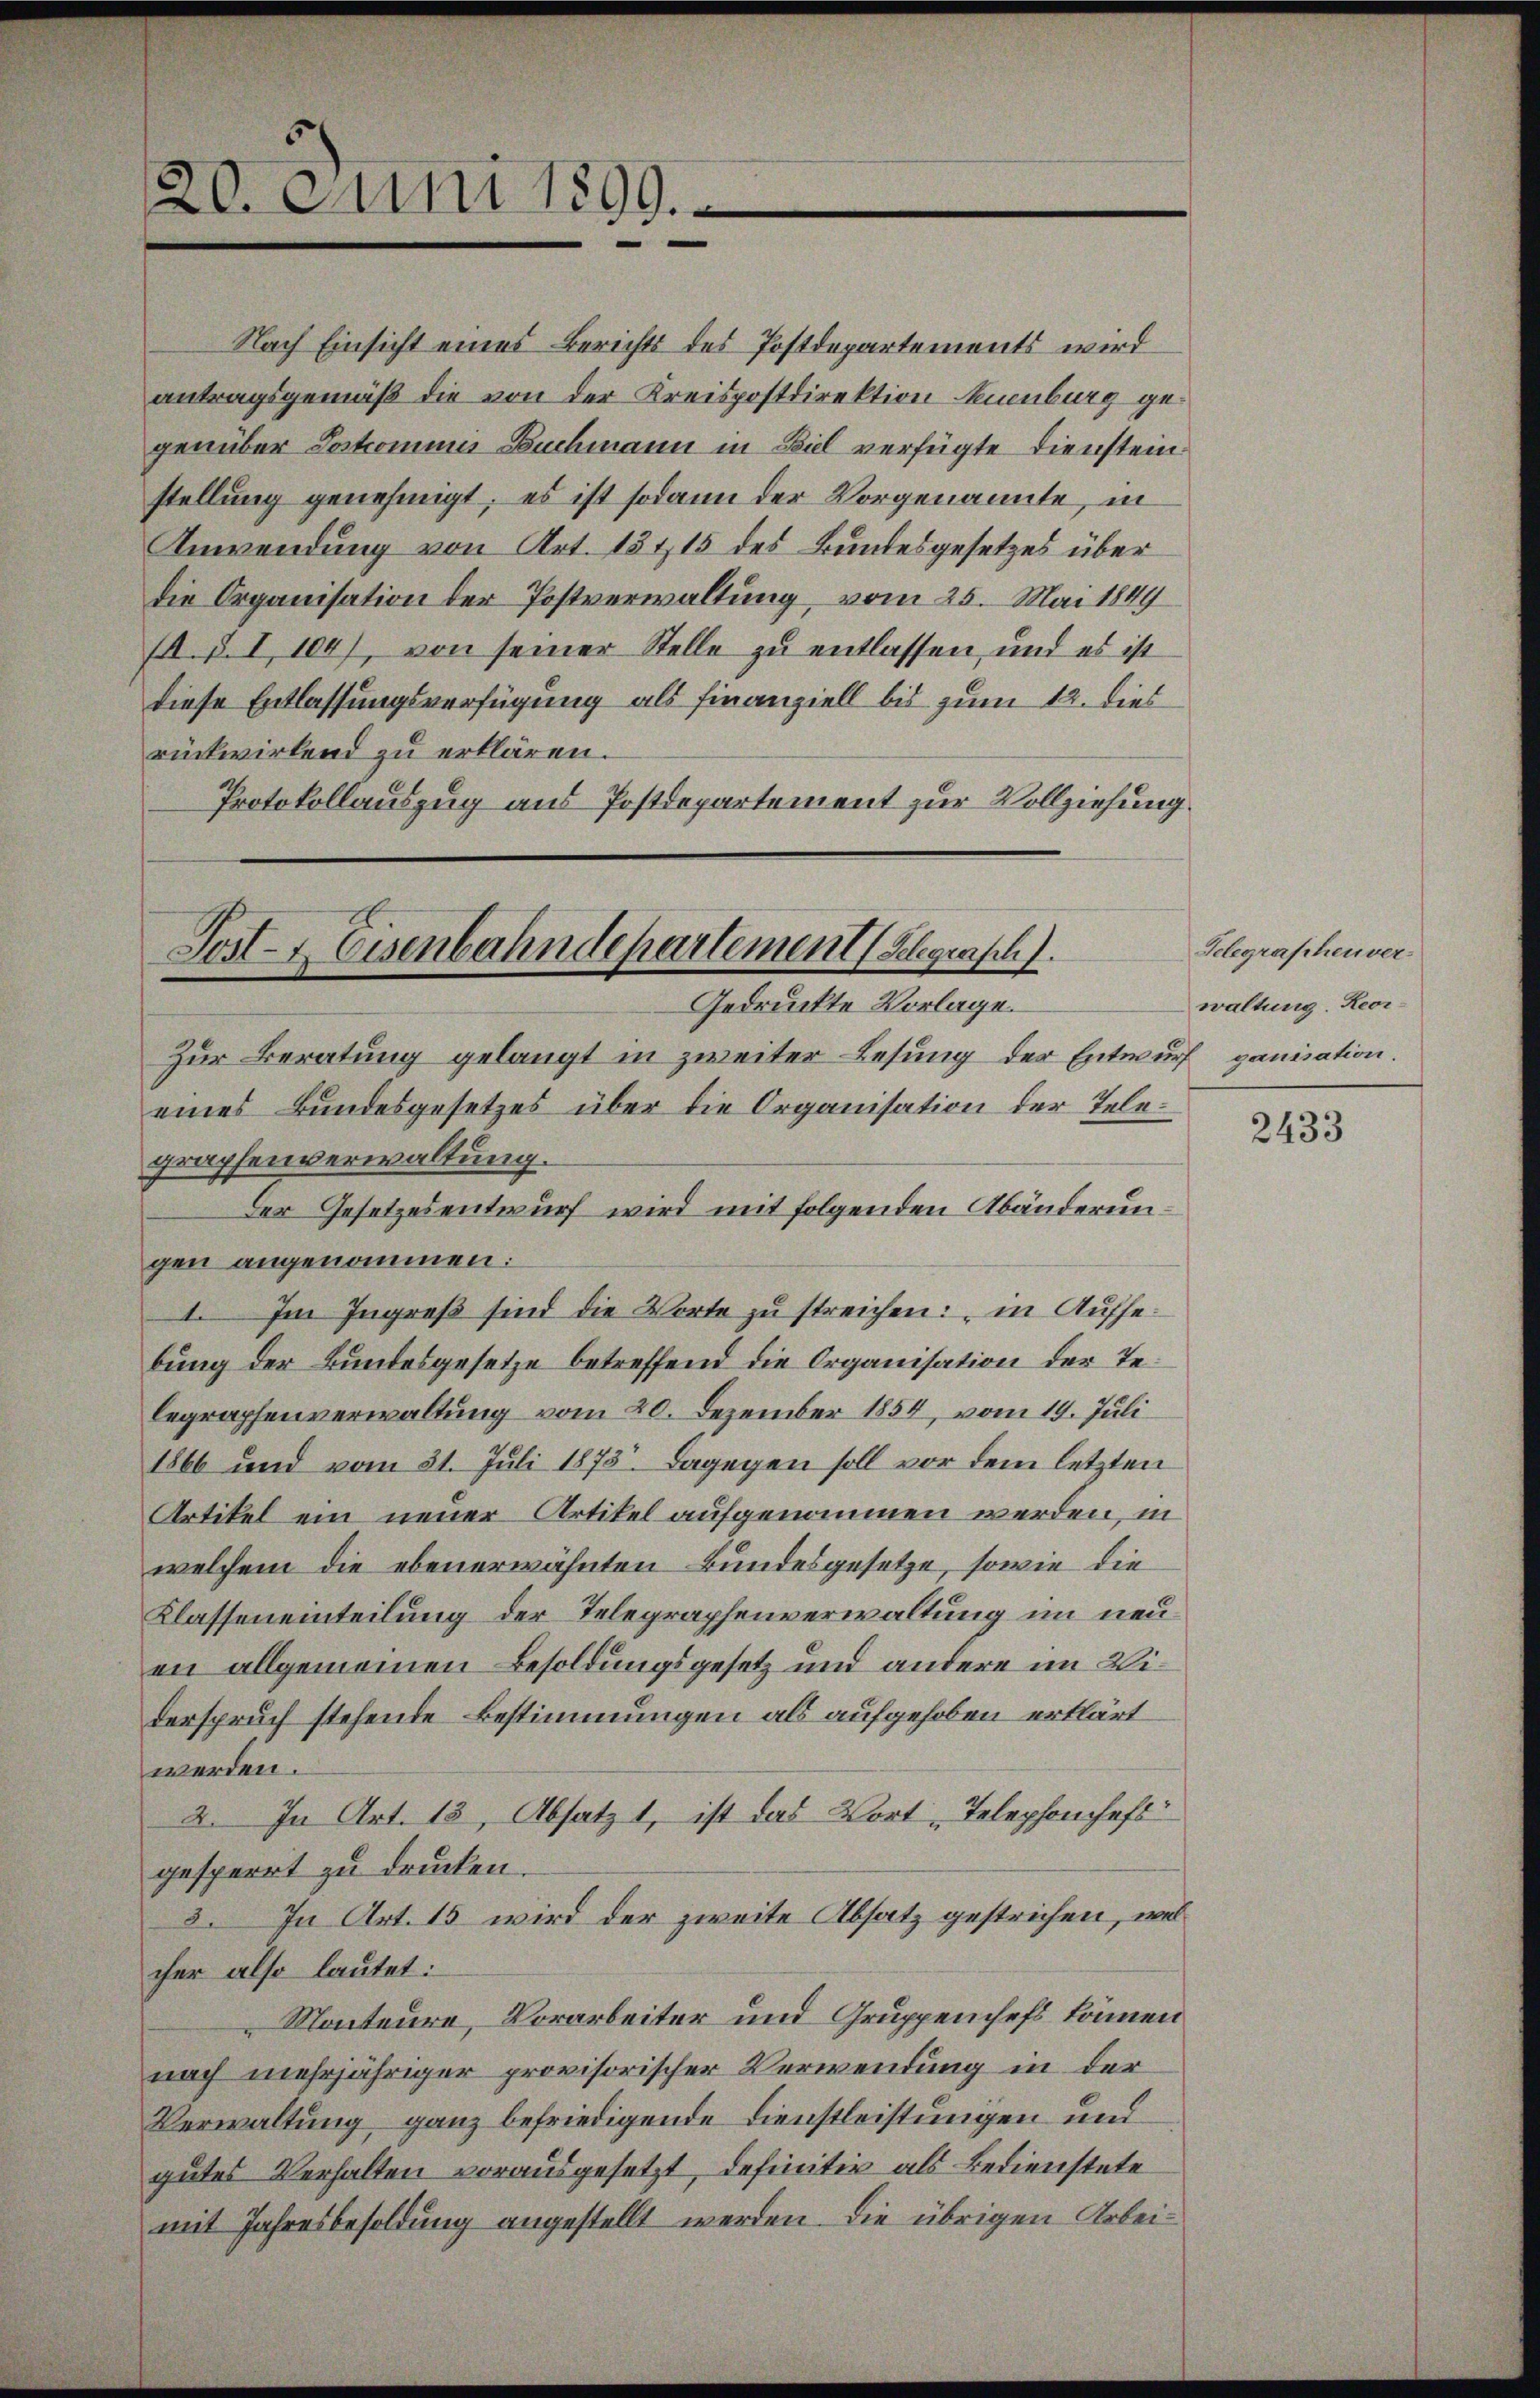
Nach Einsicht eines Berichts des Postdepartements wird
antragsgemäß die von der Kreispostdirektion Neuenburg gegenüber Lostromina Buchmann in Biel verfügte Diensteinstellung genehmigt; es ist sodann der Vorgenannte, in
Anwendung von Art. 15 & 15 des Bundesgesetzes über
die Organisation der Postverwaltung vom 25. Mai 1849
. p. I 104), von seiner Stelle zu entlassen, und es ist
diese Entlassungsverfügung als Finanziell bis zum 12. dies
rückwirkend zu erklären.
Protokollauszug aus Postdepartement zur Vollziehung.

20. Juni 1899.

Post- & Eisenbahndepartement (Belegrasch.
Gedruckte Vorlage.

Zur Beratung gelangt in zweiter Lesung der Entwurf
eines Bundesgesetzes über die Organisation der Telegraphenverwaltung.
Der Gesetzesentwurf wird mit folgenden Abänderungen angenommen:
I. Im Ingreß sind die Worte zu streichen: in Aufhebung der Bundesgesetze betreffend die Organisation der Telegraphenverwaltung vom 20. Dezember 1854, vom 19. Juli
1866 und vom 31. Juli 1873. Dagegen soll vor dem letzten
Artikel ein neuer Artikel aufgenommen werden, in
welchem die ebenerwähnten Bundesgesetze, sowie die
Klasseneinteilung der Telegraphenverwaltung im neuen allgemeinen Besoldungsgesetz und andere im Widerspruch stehende Bestimmungen als aufgehoben erklärt
werden.
2. In Art. 13, Absatz 1, ist das Wort „Telephonchefs
gesperrt zu drucken.
3. In Art. 15 wird der zweite Absatz gestrichen, welcher also lautet:
Monteure, Vorarbeiter und Gruppenchefs können
nach mehrjähriger provisorischer Verwendung in der
Verwaltung ganz befriedigende Dienstleistungen und
gutes Verhalten vorausgesetzt, definitiv als Bedienstete
mit Jahresbesoldung angestellt werden. Die übrigen Arbei¬

Telegraphenver
waltung. Reor
ganisation.

2433